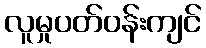
လူမှုပတ်ဝန်းကျင်